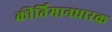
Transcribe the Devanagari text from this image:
कीर्तिमानधारक